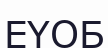
ЕҮОБ